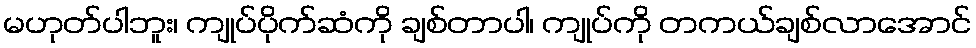
မဟုတ်ပါဘူး၊ ကျုပ်ပိုက်ဆံကို ချစ်တာပါ၊ ကျုပ်ကို တကယ်ချစ်လာအောင်